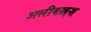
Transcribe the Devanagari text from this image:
अलीबख़्श